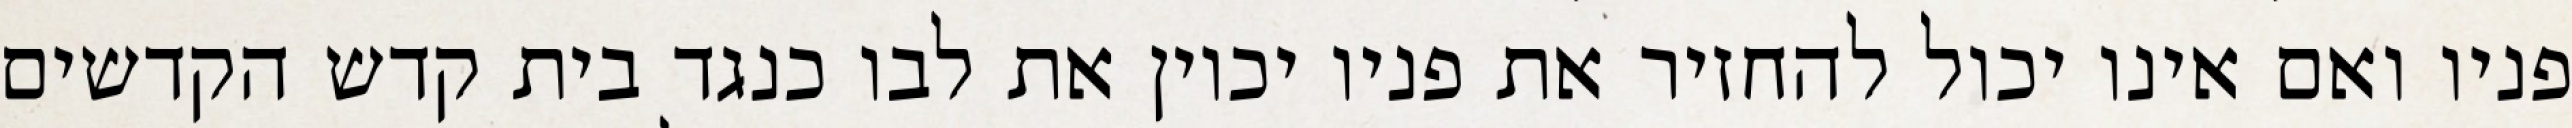
פניו ואם אינו יכול להחזיר את פניו יכוין את לבו כנגד בית קדש הקדשים